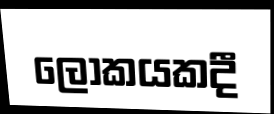
ලෝකයකදී